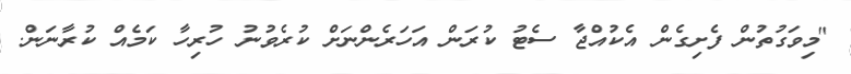
"މިވަގުތުން ފެށިގެން އެކުއްޖާ ސެޓު ކުރަން އަހަރެންނަށް ކުރެވުނު ހުރިހާ ކަމެއް ކުރާނަން.